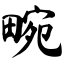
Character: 畹